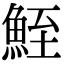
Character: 𩶪